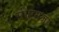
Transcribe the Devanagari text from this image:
सीएमजी